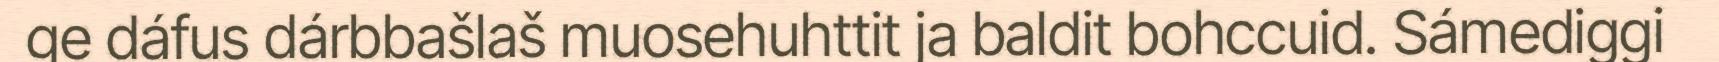
ge dáfus dárbbašlaš muosehuhttit ja baldit bohccuid. Sámediggi